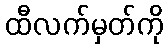
ထီလက်မှတ်ကို